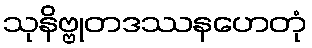
သုနိဗ္ဗုတဒဿနဟေတုံ